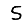
Digit: 5